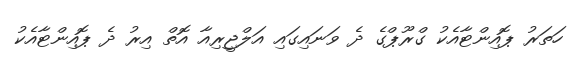
ހަތަރު ޕޮއިންޓާއެކު ގްރޫޕްގެ ދެ ވަނައިގައި އަލްޖީރިއާ އޮތް އިރު ދެ ޕޮއިންޓާއެކު